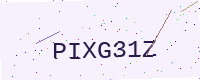
Text: PIXG31Z